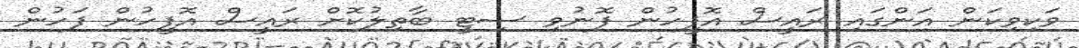
ވަކިވިކަން އަންގައި ރައީސް އޮފީހުން ފޮނުވި ސިޓީ ބާތިލުކޮށް ރައީސް އޮފީހުން ފަހުން